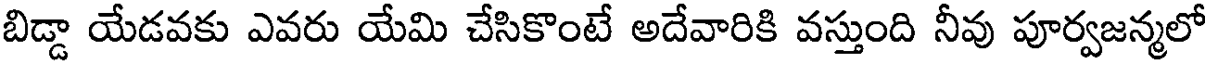
బిడ్డా యేడవకు ఎవరు యేమి చేసికొంటే అదేవారికి వస్తుంది నీవు పూర్వజన్మలో